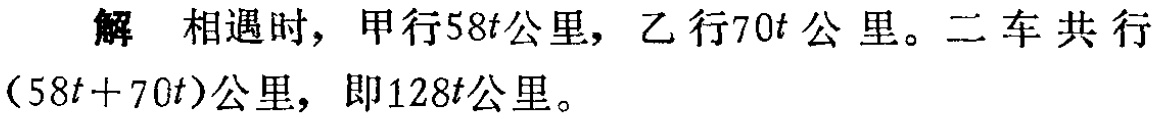
解 相遇时，甲行\(58t\)公里，乙行\(70t\)公里。二车共行\((58t + 70t)\)公里，即\(128t\)公里。